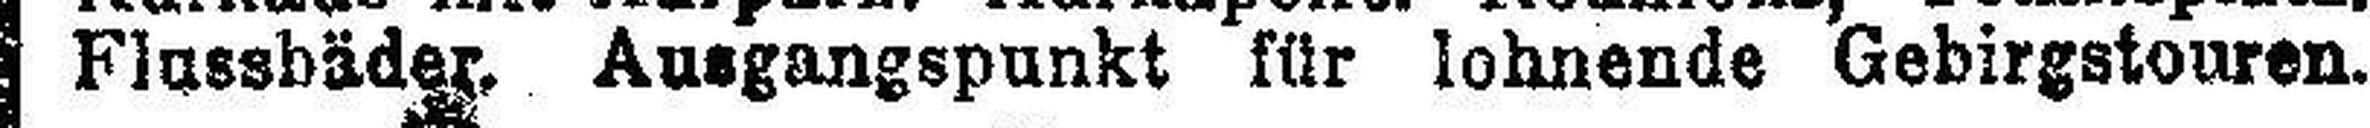
Flussbäder, Ausgangspunkt für lohnende Gebirgstouren.